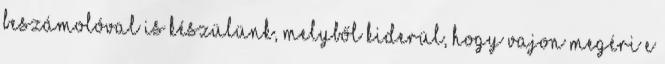
beszámolóval is készülünk, melyből kiderül, hogy vajon megéri e